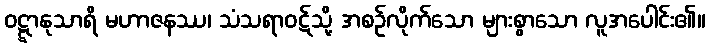
ဝဋ္ဋာနုသာရိ မဟာဇနဿ၊ သံသရာဝဋ်သို့ အစဉ်လိုက်သော များစွာသော လူအပေါင်း၏။